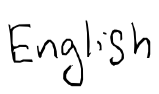
Text: English
Cross-out: clean
Writing tool: digital_black